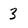
Character: 3